Annual report on the working of the mental hospitals in the Madras Presidency - 1912-1932
Year: 1912
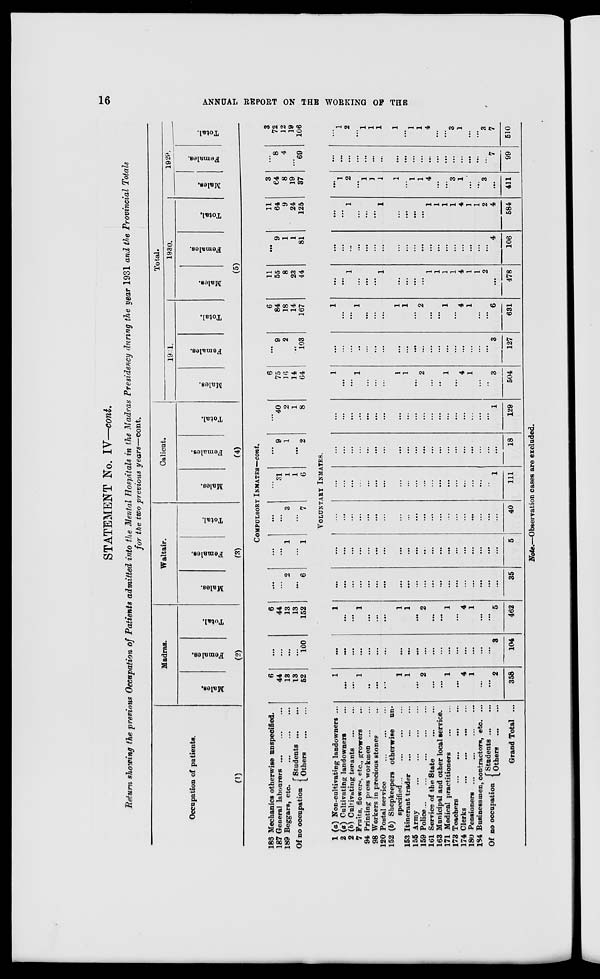
16
ANNUAL REPORT ON THE WORKING OF THE
STATEMENT No. IV—cont.
Return showing the previous Occupation of Patients admitted into the Mental Hospitals in the Madras Presidency during the year 1931 and the Provincial Totals
for the two previous
years—cont.
Occupation of patients.
(1)
Madras.
Males.
Females.
Total.
(2)
Waltair.
Males.
Females.
Total.
(3)
Calicut.
Males.
Females.
Total.
(4)
Total.
1931.
Males.
Females.
Total.
1930.
Males.
Females.
Total.
1929.
Males.
Females.
Total.
(5)
COMPULSORY INMATES—cont.
186 Mechanics otherwise unspecified.
187 General labourers
...
...
...
189 Beggars, etc.
...
...
...
Of no occupation
Students
...
...
Others
...
...
6
44
13
13
52
...
...
. ..
. ..
100
6
44
13
13
152
...
...
9
. ..
6
...
. ..
1
...
1
...
...
3
...
7
...
31
1
1
6
...
9
1
...
2
...
40
2
1
8
6
75
16
14
64
...
9
2
...
103
6
84
18
14
167
11
55
8
23
44
...
9
1
1
81
11
64
9
24
125
3
64
8
19
37
...
8
4
...
69
3
72
12
19
106
VOLUNTARY INMATES.
1 (a) Non-cultivating landowners ...
2 (a) Cultivating landowners ...
2 (b) Cultivating tenants
...
...
7 Fruits, flowers, etc., growers ...
94 Printing press workmen ... ...
98 Workers in precious stones ...
120 Postal service ... ... ...
152 (b) Shopkeepers otherwise un-
specified
...
...
...
...
153 Itinerant trader ... ... ... ...
155 Army
...
...
...
...
159 Police
...
...
...
...
161 Service of the State
...
...
163 Municipal and other local service.
171 Medical practitioners
...
...
173 Teachers
...
...
...
...
174 Clerks
...
...
...
...
180 Pensioners
...
...
...
...
184 Businessmen, contractors, etc. ...
Of no occupation
Students ... ...
Others
...
...
Grand Total ...
1
...
...
1
...
...
...
1
1
...
2
...
. ..
1
...
4
1
...
...
2
358
...
...
. ..
...
...
. ..
...
...
...
...
...
...
...
. ..
. ..
...
...
...
...
3
104
1
. ..
. ..
1
. . .
...
...
1
1
...
2
...
...
1
...
4
1
. ..
. ..
5
462
...
. ..
...
...
. ..
. ..
. ..
. ..
. ..
...
...
...
...
. ..
. ..
...
...
. ..
. ..
...
35
. ..
. ..
. ..
...
...
. ..
...
. ..
...
. ..
...
...
...
. ..
...
. ..
...
. ..
. ..
...
5
...
...
. ..
. ..
. ..
. ..
...
...
...
. . .
. ..
. ..
...
...
...
. . .
...
...
. . .
...
40
. ..
...
...
...
...
...
...
...
...
...
...
...
...
...
...
...
...
...
...
1
111
. ..
...
...
...
. ..
...
...
...
...
. ..
. ..
...
...
...
. ..
...
...
...
...
...
18
...
...
...
...
...
...
...
...
...
...
...
...
...
...
. ..
...
...
...
...
1
129
1
. ..
. . .
1
...
...
...
1
1
.. .
2
...
...
1
...
4
1
...
...
3
504
. ..
...
...
...
. ..
...
. ..
. ..
. ..
...
...
. ..
. ..
...
. . .
. ..
...
...
...
3
127
1
...
. . .
1
. ..
...
. ..
1
1
...
2
. ..
. ..
1
...
4
1
. ..
. ..
6
631
...
...
1
. . .
. ..
. ..
1
. ..
...
. ..
...
1
1
1
1
4
1
1
2
. ..
478
...
...
...
. ..
. ..
...
...
...
...
...
. ..
. ..
. ..
...
...
. ..
. ..
. ..
. ..
4
106
. ..
. ..
1
...
...
. ..
1
...
...
...
...
1
1
1
1
4
1
1
2
4
584
...
1
2
...
1
1
1
1
...
1
1
4
. ..
. ..
3
1
...
. ..
3
...
411
...
...
...
...
. ..
...
...
...
...
...
...
...
...
...
...
...
...
...
...
7
99
...
1
2
...
1
1
1
1
...
1
1
4
...
...
3
1
...
...
3
7
510
Note. —Observation cases are excluded.